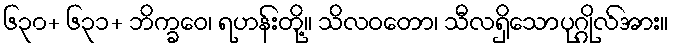
၆၃၀+ ၆၃၁+ ဘိက္ခဝေ၊ ရဟန်းတို့။ သိလဝတော၊ သီလရှိသောပုဂ္ဂိုလ်အား။